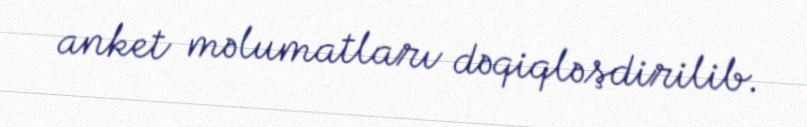
anket məlumatları dəqiqləşdirilib.